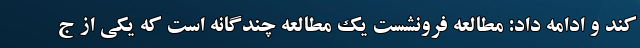
کند و ادامه داد: مطالعه فرونشست یک مطالعه چندگانه است که یکی از ج